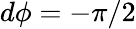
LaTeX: d\phi=-\pi/2